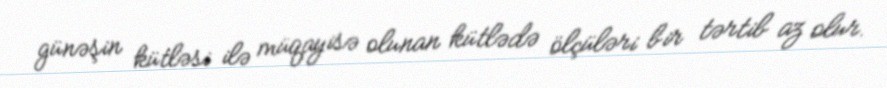
günəşin kütləsi ilə müqayisə olunan kütlədə ölçüləri bir tərtib az olur.